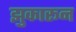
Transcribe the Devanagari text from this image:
झुकारून